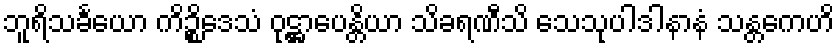
ဘူရိသင်္ခယော ကိဉ္စိဒေသံ ဝုဋ္ဌာပေန္တိယာ သိခရဏီသိ သေသုပါဒါနာနံ သန္တကေဟိ